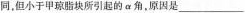
同，但小于甲琼脂块所引起的\alpha 角，原因是___